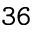
\mathtt { 3 6 }